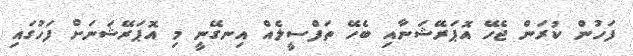
ފަހުން ކުރަން ޖެހޭ އޮޕަރޭޝަނާއި ބެހޭ ތަފްސީލެއް އިނގޭނީ މި އޮޕަރޭޝަނަށް ފަހުގައި